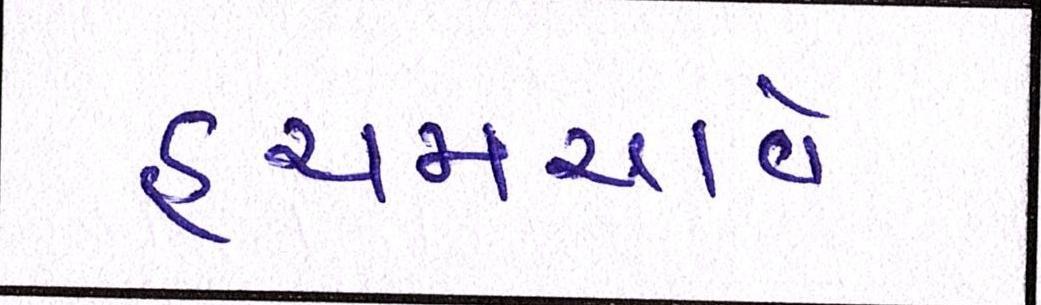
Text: હચમચાવે